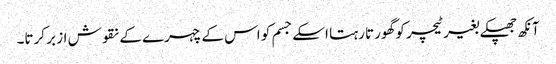
آنکھ جھپکے بغیر ٹیچر کو گھورتا رہتا اسکے جسم کو اس کے چہرے کے نقوش از بر کرتا۔